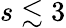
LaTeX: s\lesssim 3